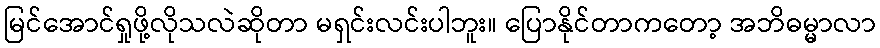
မြင်အောင်ရှုဖို့လိုသလဲဆိုတာ မရှင်းလင်းပါဘူး။ ပြောနိုင်တာကတော့ အဘိဓမ္မာလာ